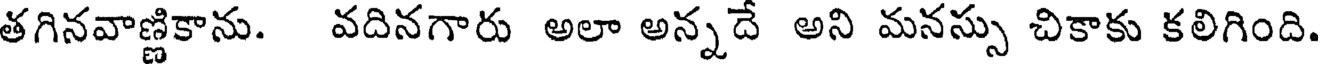
తగినవాణ్ణికాను. వదినగారు అలా అన్నదే అని మనస్సు చికాకు కలిగింది